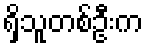
ရှိသူတစ်ဦးက